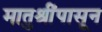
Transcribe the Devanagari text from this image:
मातुश्रींपासून